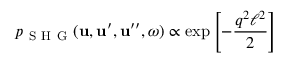
p _ { \mathrm { ~ S ~ H ~ G ~ } } ( \boldsymbol { \mathbf { u } } , \boldsymbol { \mathbf { u } } ^ { \prime } , \boldsymbol { \mathbf { u } } ^ { \prime \prime } , \omega ) \propto \exp \left[ - \frac { q ^ { 2 } \ell ^ { 2 } } { 2 } \right]